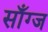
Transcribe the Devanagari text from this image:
साँग्ज